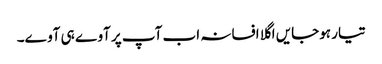
تیار ہوجایں اگلا افسانہ اب آپ پر آوے ہی آوے۔